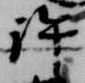
許